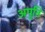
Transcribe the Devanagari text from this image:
अपुति